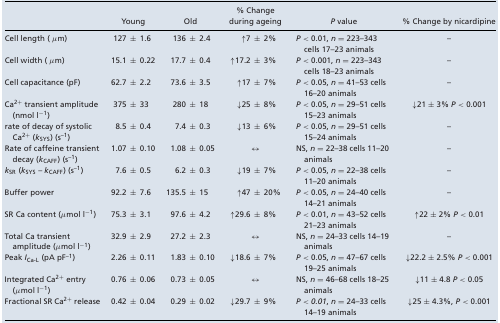
<table><thead><tr><td></td><td><b>Young</b></td><td><b>Old</b></td><td><b>% Change during ageing</b></td><td><b><i>P</i> value</b></td><td><b>% Change by nicardipine</b></td></tr></thead><tbody><tr><td>Cell length ( μm)</td><td>127 ± 1.6</td><td>136 ± 2.4</td><td>↑7 ± 2%</td><td><i>P </i>&lt; 0.01, <i>n </i>= 223–343 cells 17–23 animals</td><td>–</td></tr><tr><td>Cell width ( μm)</td><td>15.1 ± 0.22</td><td>17.7 ± 0.4</td><td>↑17.2 ± 3%</td><td><i>P </i>&lt; 0.001, <i>n </i>= 223–343 cells 18–23 animals</td><td>–</td></tr><tr><td>Cell capacitance (pF)</td><td>62.7 ± 2.2</td><td>73.6 ± 3.5</td><td>↑17 ± 7%</td><td><i>P </i>&lt; 0.05, <i>n </i>= 41–53 cells 16–20 animals</td><td>–</td></tr><tr><td>Ca<sup>2+</sup> transient amplitude (nmol l<sup>−1</sup>)</td><td>375 ± 33</td><td>280 ± 18</td><td>↓25 ± 8%</td><td><i>P </i>&lt; 0.05, <i>n </i>= 29–51 cells 15–23 animals</td><td>↓21 ± 3% <i>P </i>&lt; 0.001</td></tr><tr><td>rate of decay of systolic Ca<sup>2+</sup> (<i>k</i><sub>SYS</sub>) (s<sup>–1</sup>)</td><td>8.5 ± 0.4</td><td>7.4 ± 0.3</td><td>↓13 ± 6%</td><td><i>P </i>&lt; 0.05, <i>n </i>= 29–51 cells 15–24 animals</td><td>–</td></tr><tr><td>Rate of caffeine transient decay (<i>k</i><sub>CAFF</sub>) (s<sup>–1</sup>)</td><td>1.07 ± 0.10</td><td>1.08 ± 0.05</td><td>↔</td><td>NS, <i>n </i>= 22–38 cells 11–20 animals</td><td>–</td></tr><tr><td><i>k</i><sub>SR</sub> (<i>k</i><sub>SYS</sub> – <i>k</i><sub>CAFF</sub>) (s<sup>–1</sup>)</td><td>7.6 ± 0.5</td><td>6.2 ± 0.3</td><td>↓19 ± 7%</td><td><i>P </i>&lt; 0.05, <i>n </i>= 22–38 cells 11–20 animals</td><td>–</td></tr><tr><td>Buffer power</td><td>92.2 ± 7.6</td><td>135.5 ± 15</td><td>↑47 ± 20%</td><td><i>P </i>&lt; 0.05, <i>n </i>= 24–40 cells 14–21 animals</td><td>–</td></tr><tr><td>SR Ca content (μmol l<sup>−1</sup>)</td><td>75.3 ± 3.1</td><td>97.6 ± 4.2</td><td>↑29.6 ± 8%</td><td><i>P </i>&lt; 0.01, <i>n </i>= 43–52 cells 21–23 animals</td><td>↑22 ± 2% <i>P </i>&lt; 0.01</td></tr><tr><td>Total Ca transient amplitude (μmol l<sup>−1</sup>)</td><td>32.9 ± 2.9</td><td>27.2 ± 2.3</td><td>↔</td><td>NS, <i>n </i>= 24–33 cells 14–19 animals</td><td>–</td></tr><tr><td>Peak <i>I</i><sub>Ca‐L</sub> (pA pF<sup>–1</sup>)</td><td>2.26 ± 0.11</td><td>1.83 ± 0.10</td><td>↓18.6 ± 7%</td><td><i>P </i>&lt; 0.05, <i>n </i>= 47–67 cells 19–25 animals</td><td>↓22.2 ± 2.5% <i>P </i>&lt; 0.001</td></tr><tr><td>Integrated Ca<sup>2+</sup> entry (μmol l<sup>−1</sup>)</td><td>0.76 ± 0.06</td><td>0.73 ± 0.05</td><td>↔</td><td>NS, <i>n </i>= 46–68 cells 18–25 animals</td><td>↓11 ± 4.8 <i>P </i>&lt; 0.05</td></tr><tr><td>Fractional SR Ca<sup>2+</sup> release</td><td>0.42 ± 0.04</td><td>0.29 ± 0.02</td><td>↓29.7 ± 9%</td><td><i>P </i>&lt; <i>0.01</i>, <i>n </i>= 24–33 cells 14–19 animals</td><td>↓25 ± 4.3%, <i>P </i>&lt; 0.001</td></tr></tbody></table>